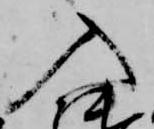
入